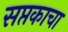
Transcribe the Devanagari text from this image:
सप्तकाचा